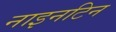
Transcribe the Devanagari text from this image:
नाइनटिन